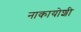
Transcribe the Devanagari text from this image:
नाकायोशी